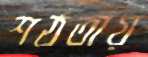
শঠতায়